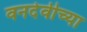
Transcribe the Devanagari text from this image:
वनदेवीच्या